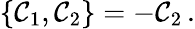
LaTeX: \{ {\cal\mathcal{C}}_{1},{\cal\mathcal{C}}_{2}\} =-{\cal\mathcal{C}}_{2}\, .